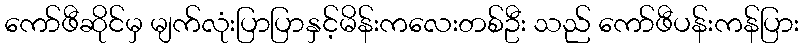
ကော်ဖီဆိုင်မှ မျက်လုံးပြာပြာနှင့်မိန်းကလေးတစ်ဦး သည် ကော်ဖီပန်းကန်ပြား